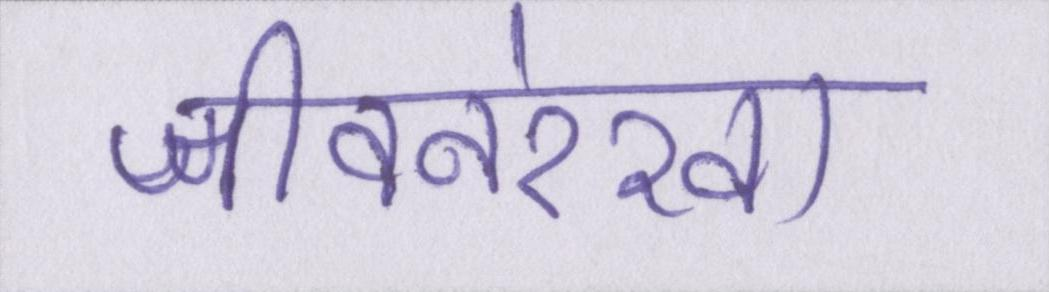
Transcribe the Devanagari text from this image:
जीवनरेखा